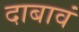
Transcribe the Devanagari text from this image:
दाबावं